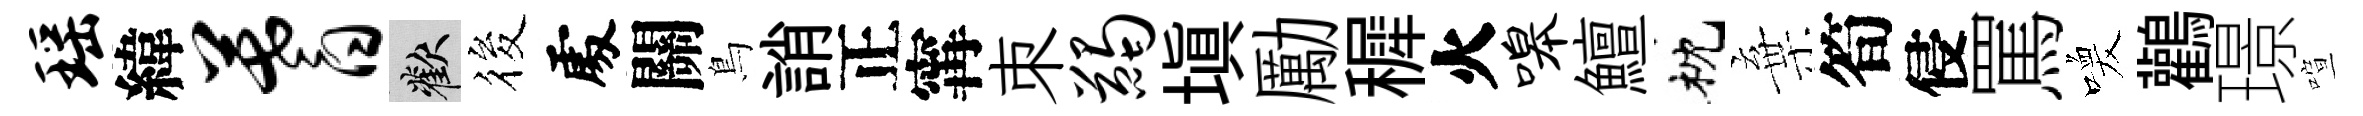
瑶緯蓍歡筱𠁅關鳥誚正𡩋朿蠲填勵穉火嗥鱣枕棄筍侵罵喚鸛璟喧